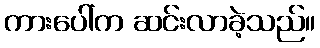
ကားပေါ်က ဆင်းလာခဲ့သည်။